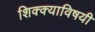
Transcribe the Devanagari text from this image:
शिक्क्याविषयी